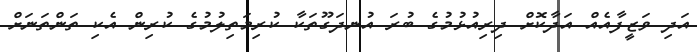
އަދި ވަޒީފާއެއް އަދާކޮށް ދިރިއުޅުމުގެ ބުރަ އުނދަގޫތަކާ ކުރިމަތިލުމުގެ ކުރިން އެކި ތަންތަނަށް